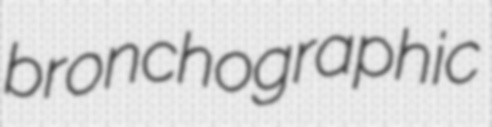
bronchographic